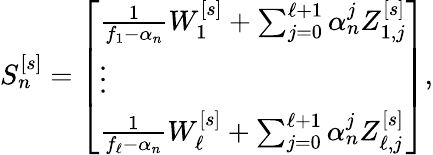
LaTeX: \begin{array}{r}{S_{n}^{[s]}=\left[\begin{array}{l}{\frac{1}{f_{1}-\alpha_{n}}W_{1}^{[s]}+\sum_{j=0}^{\ell+1}\alpha_{n}^{j}Z_{1,j}^{[s]}}\\ {\vdots}\\ {\frac{1}{f_{\ell}-\alpha_{n}}W_{\ell}^{[s]}+\sum_{j=0}^{\ell+1}\alpha_{n}^{j}Z_{\ell,j}^{[s]}}\end{array}\right],}\end{array}